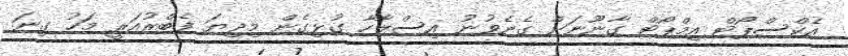
އެކްސްޕޯޓް އިމްޕޯޓް ގާނޫނަށް ގެނެވުނު އިސްލާހާ ގުޅިގެން މިދިޔަ ފެބްރުއަރީ މަހު ގިނަ